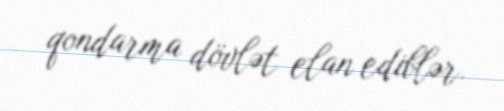
qondarma dövlət elan ediblər.